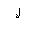
Letter: _lam